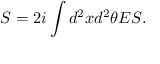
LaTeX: S = 2 i \int d ^ { 2 } x d ^ { 2 } \theta E S .